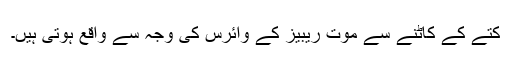
کتے کے کاٹنے سے موت ریبیز کے وائرس کی وجہ سے واقع ہوتی ہیں۔